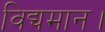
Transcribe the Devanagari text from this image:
विद्यमान।